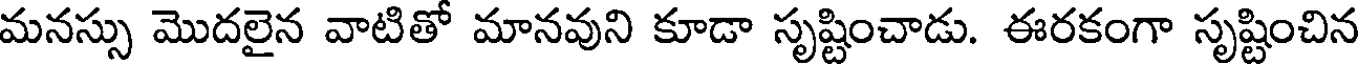
మనస్సు మొదలైన వాటితో మానవుని కూడా సృష్టించాడు. ఈరకంగా సృష్టించిన